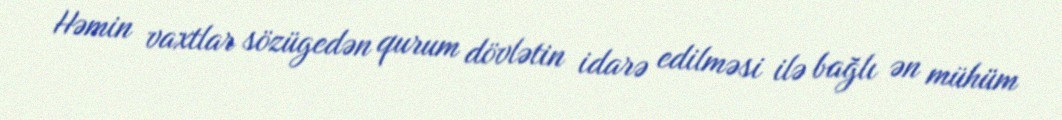
Həmin vaxtlar sözügedən qurum dövlətin idarə edilməsi ilə bağlı ən mühüm